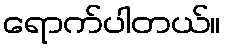
ရောက်ပါတယ်။